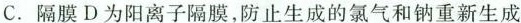
C.隔膜D为阳离子隔膜，防止生成的氯气和钠重新生成